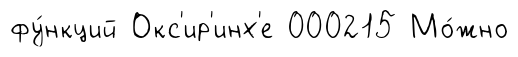
фу́нкций Окс'ир'инх'е 000215 Мо́жно